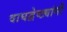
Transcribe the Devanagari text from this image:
वाघद्वेष्ट्यांनी